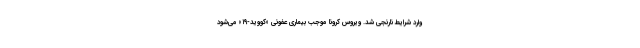
وارد شرایط نارنجی شد. ویروس کرونا موجب بیماری عفونی «کووید-۱۹» می‌شود